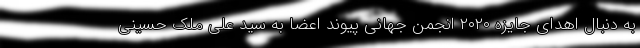
به دنبال اهدای جایزه ۲۰۲۰ انجمن جهانی پیوند اعضا به سید علی ملک حسینی